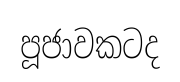
පූජාවකටද